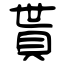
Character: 貰